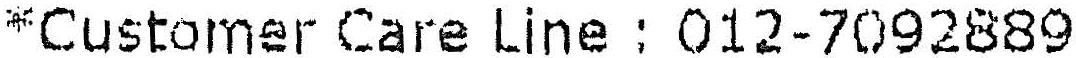
*CUSTOMER CARE LINE : 012-7092889